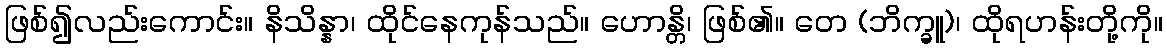
ဖြစ်၍လည်းကောင်း။ နိသိန္နာ၊ ထိုင်နေကုန်သည်။ ဟောန္တိ၊ ဖြစ်၏။ တေ (ဘိက္ခူ)၊ ထိုရဟန်းတို့ကို။